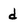
Character: d